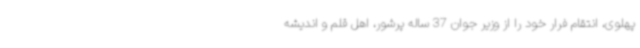
پهلوی، انتقام فرار خود را از وزیر جوان 37 ساله پرشور، اهل قلم و اندیشه